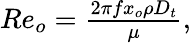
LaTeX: \begin{array}{r}{Re_{o}=\frac{2\pi fx_{o}\rho D_{t}}{\mu},}\end{array}